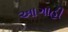
આગાહી